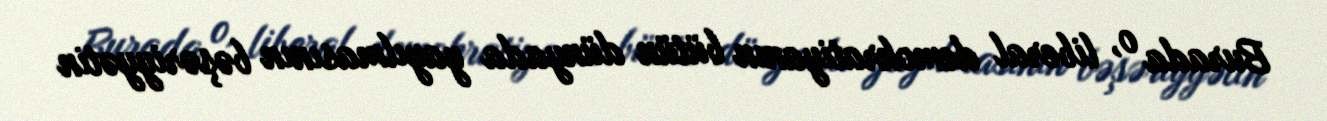
Burada o, liberal demokratiyanın bütün dünyada yayılmasının bəşəriyyətin